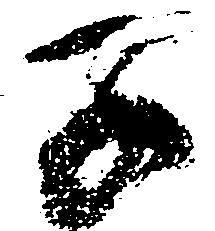
子